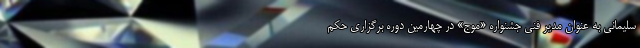
سلیمانی به عنوان مدیر فنی جشنواره «موج» در چهارمین دوره برگزاری حکم